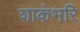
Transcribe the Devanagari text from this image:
शाकंभरि